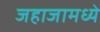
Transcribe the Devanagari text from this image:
जहाजामध्ये